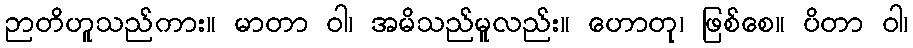
ဉာတိဟူသည်ကား။ မာတာ ဝါ၊ အမိသည်မူလည်း။ ဟောတု၊ ဖြစ်စေ။ ပိတာ ဝါ၊